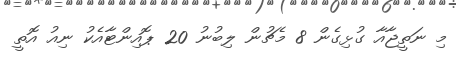
މި ނަތީޖާއާ ގުޅިގެން 8 މެޗުން ލިބުނު 20 ޕޮއިންޓާއެކު ނިއު އޮތީ